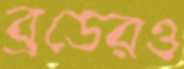
ব্রডেরও